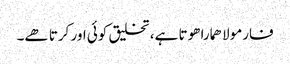
فارمولا ھمارا ھوتا ہے، تخلیق کوئی اور کرتا ھے۔